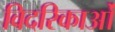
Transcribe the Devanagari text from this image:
विदरिकाओं